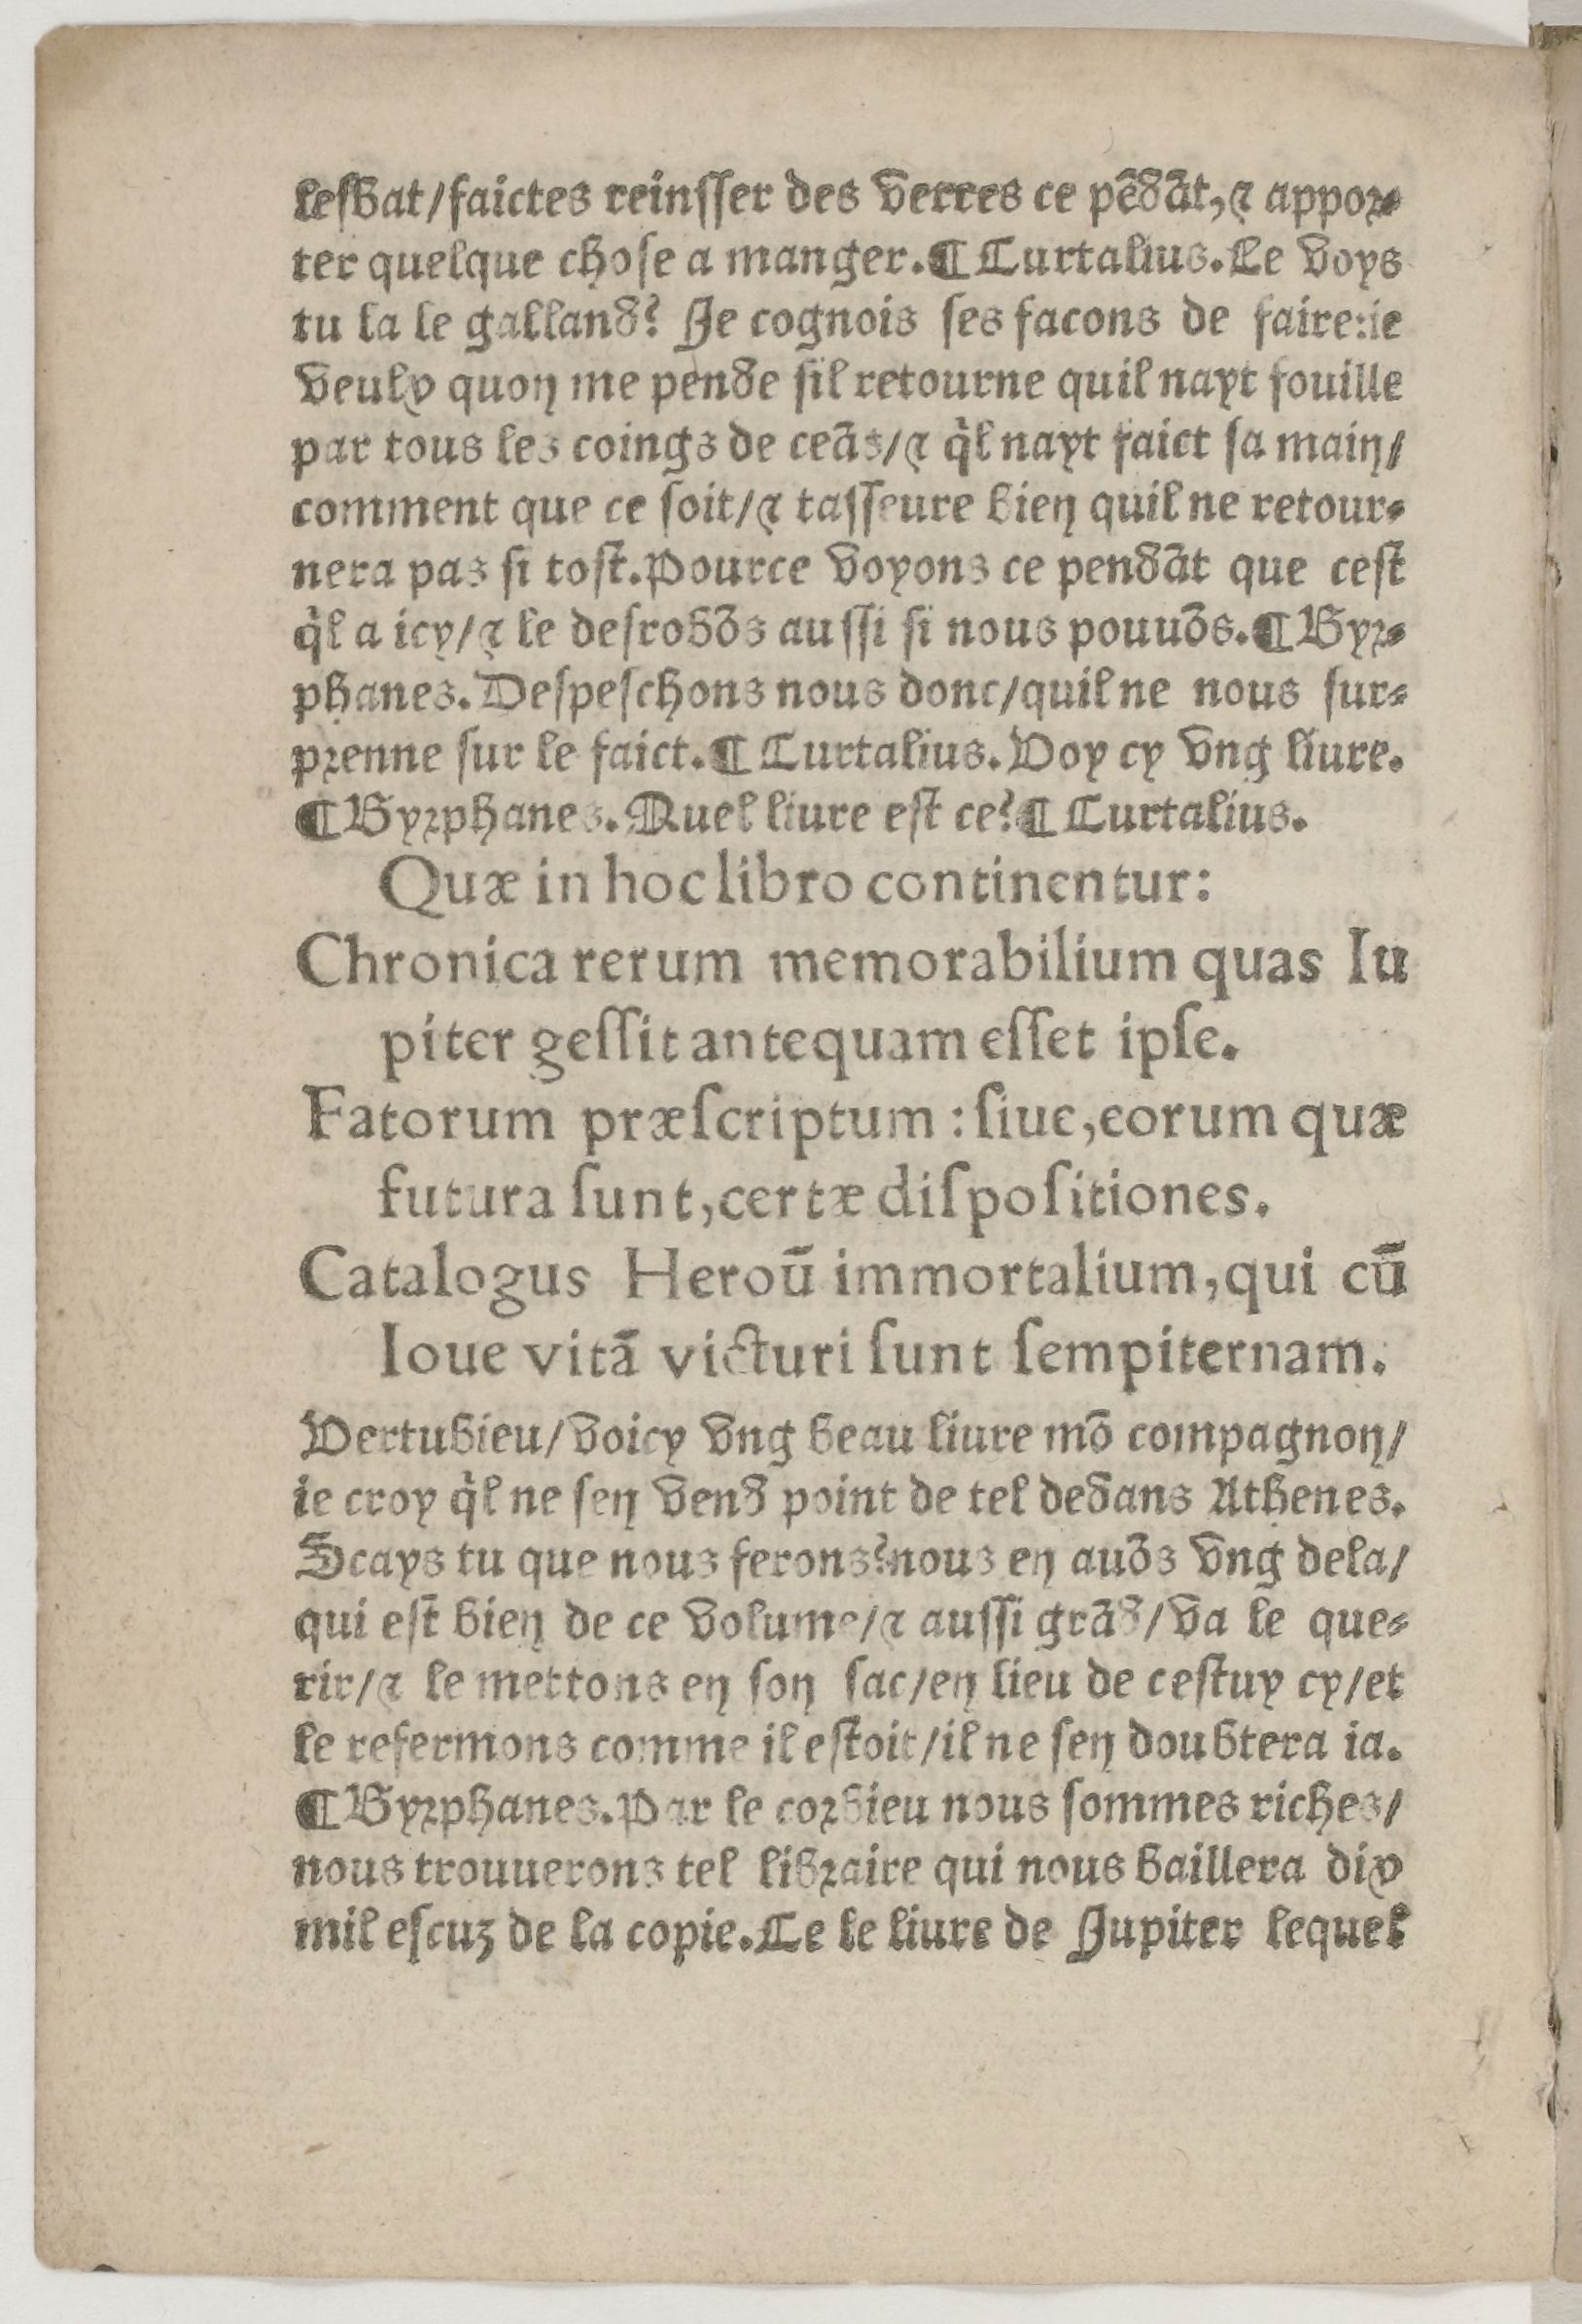
Shelfmark: Paris, BnF, Rés. Z-2442
Century: 16